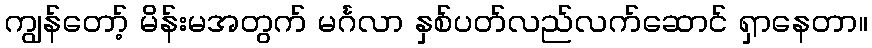
ကျွန်တော့် မိန်းမအတွက် မင်္ဂလာ နှစ်ပတ်လည်လက်ဆောင် ရှာနေတာ။